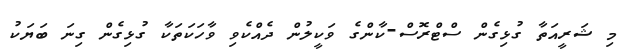
މި ޝަރީއަތާ ގުޅިގެން ސްޓްރޮސް-ކާންގެ ވަކީލުން ދެއްކެވި ވާހަކަތަކާ ގުޅިގެން ގިނަ ބަޔަކު